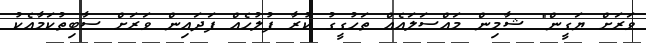
ވަރަށް ޔަގީން" ޝާމިން މައްސަލައެއް ތަހުގީގު ކުރާ ފުލުހެއް ފަދައިން ވަރަށް ސާބިތުކަމާއެކު